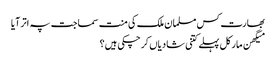
بھارت کس مسلمان ملک کی منت سماجت پہ اتر آیا
میگھن مارکل پہلے کتنی شادیاں کرچکی ہیں؟